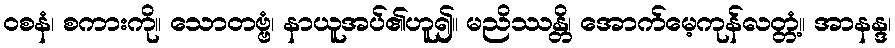
ဝစနံ၊ စကားကို။ သောတဗ္ဗံ၊ နာယူအပ်၏ဟူ၍။ မညိဿန္တိ၊ အောက်မေ့ကုန်လတ္တံ့။ အာနန္ဒ၊